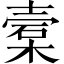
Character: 槖